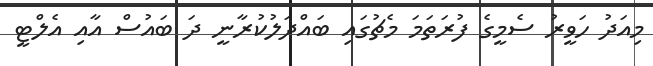
މިއަދު ހަވީރު ސެމީގެ ފުރަތަމަ މެޗުގައި ބައްދަލުކުރާނީ ދަ ބައުސް އާއި އެލްޓީ